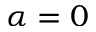
\alpha = 0